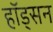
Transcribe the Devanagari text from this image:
हॉड्सन